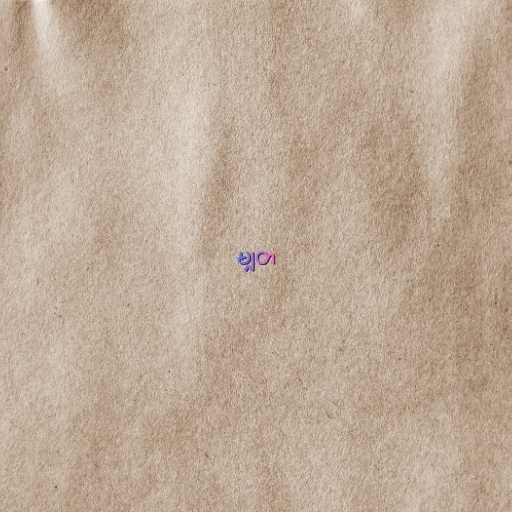
မျှတ